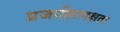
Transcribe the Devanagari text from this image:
प्रजाहितदक्षता